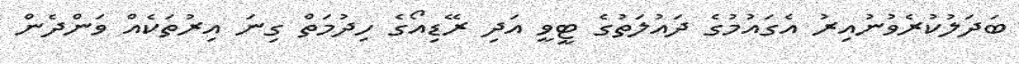
ބަދަލުކުރެވުނުއިރު އެގައުމުގެ ދައުލަތުގެ ޓީވީ އަދި ރޭޑިއޯގެ ހިދުމަތް ގިނަ އިރުތަކެއް ވަންދެން